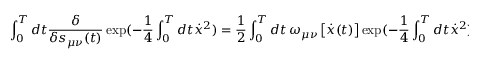
\int _ { 0 } ^ { T } d t \frac { \delta } { { \delta s _ { \mu \nu } ( t ) } } \exp ( - \frac { 1 } { 4 } \int _ { 0 } ^ { T } { d t \dot { x } ^ { 2 } ) = \frac { 1 } { 2 } } \int _ { 0 } ^ { T } d t \, \omega _ { \mu \nu } \left[ \dot { x } ( t ) \right] \exp ( - \frac { 1 } { 4 } \int _ { 0 } ^ { T } { d t \dot { x } ^ { 2 } } ) ,